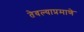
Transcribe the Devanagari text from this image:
तेवल्याप्रमाणे